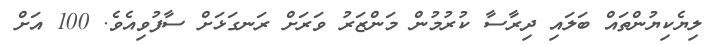
ލިޔެކިޔުންތައް ބަލައި ދިރާސާ ކުރުމުން މަންޒަރު ވަރަށް ރަނގަޅަށް ސާފުވިއެވެ. 100 އަށް